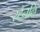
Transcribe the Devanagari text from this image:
स्टैनलि